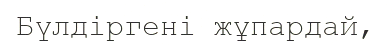
Бүлдіргені жұпардай,